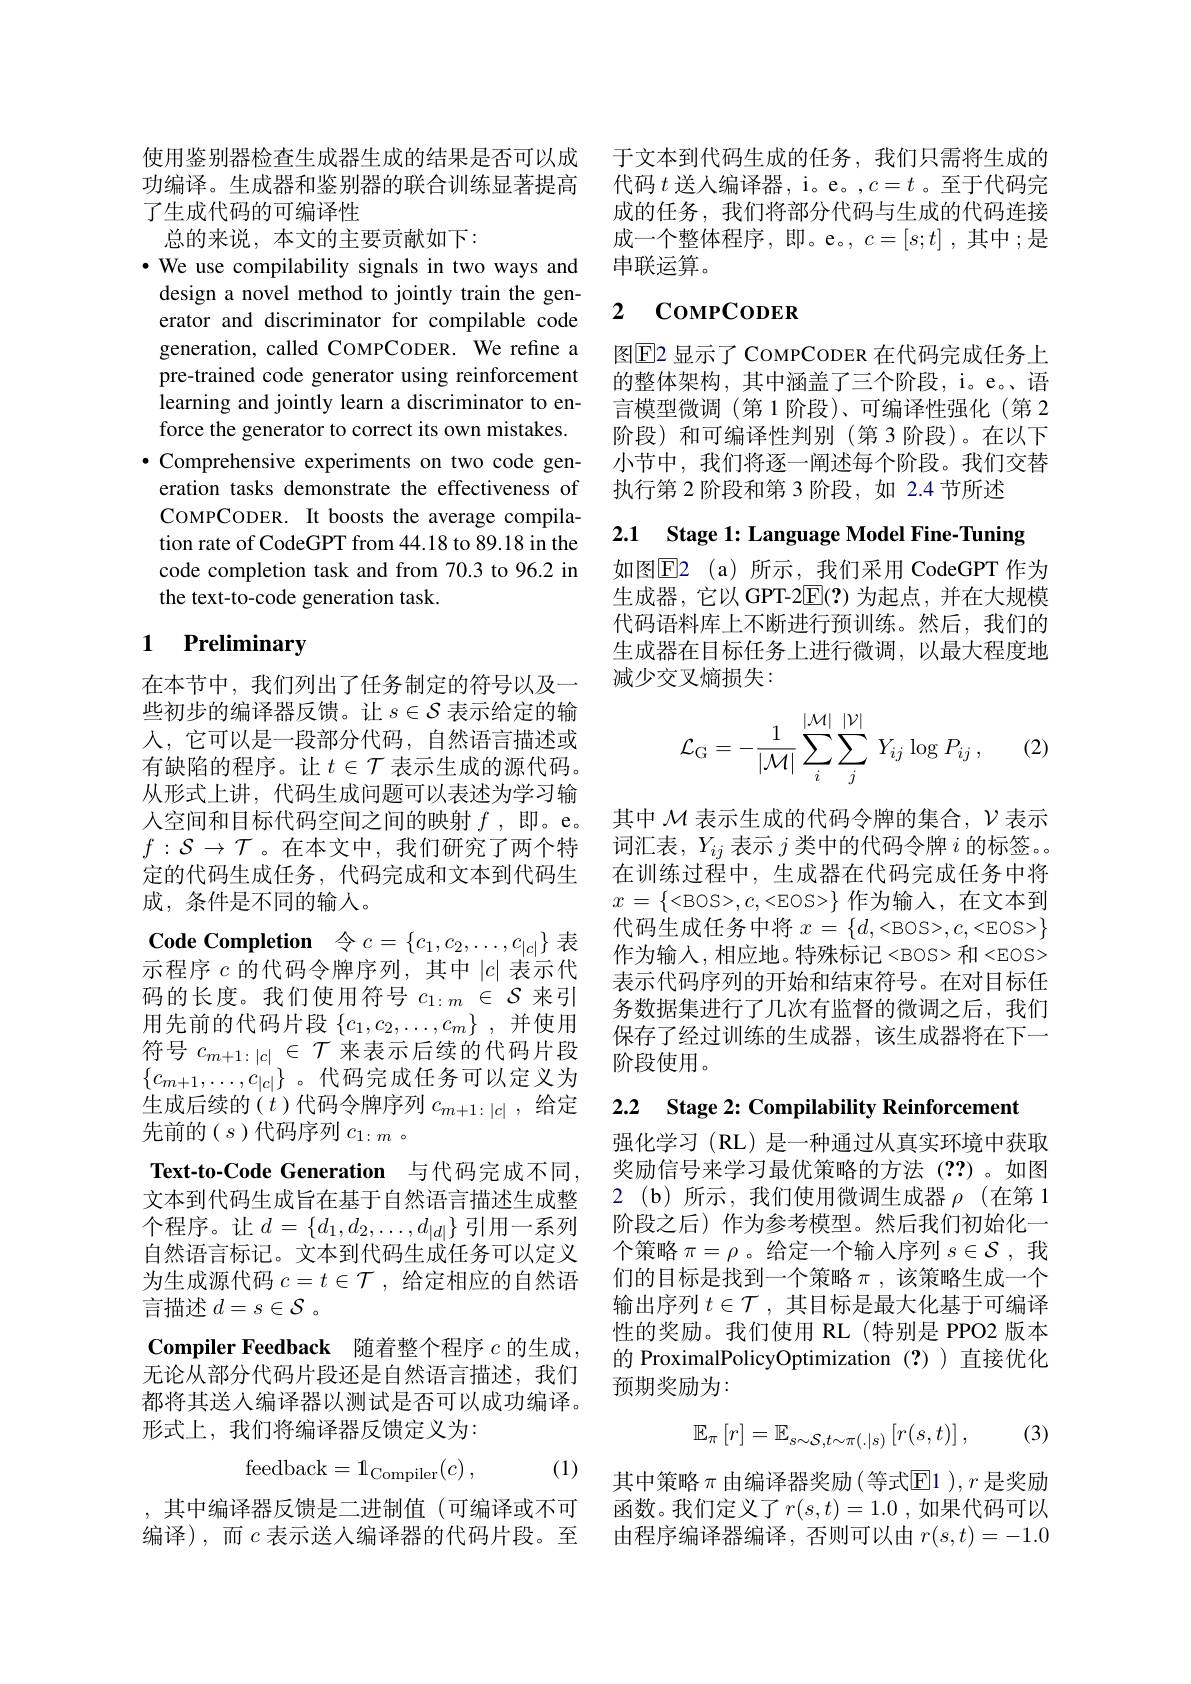
使用鉴别器检查生成器生成的结果是否可以成 于文本到代码生成的任务，我们只需将生成的
功编译。生成器和鉴别器的联合训练显著提高
了生成代码的可编译性

总的来说，本文的主要贡献如下：
$\bullet$ We use compilability signals in two ways and design a novel method to jointly train the generator and discriminator for compilable code generation, called COMPCODER. We refine a pre-trained code generator using reinforcement learning and jointly learn a discriminator to enforce the generator to correct its own mistakes.
$\bullet$ Comprehensive experiments on two code gen-
eration tasks demonstrate the effectiveness of COMPCODER. It boosts the average compilation rate of CodeGPT from 44.18 to 89.18 in the code completion task and from 70.3 to 96.2 in the text-to-code generation task.

# 1 Preliminary

在本节中，我们列出了任务制定的符号以及一些初步的编译器反馈。让$s\in\mathcal{S}$表示给定的输人，它可以是一段部分代码，自然语言描述或有缺陷的程序。让$t\in\mathcal{T}$表示生成的源代码。从形式上讲，代码生成问题可以表述为学习输人空间和目标代码空间之间的映射$f$,即。e。$f:\mathcal{S}\to\mathcal{T}$。在本文中，我们研究了两个特定的代码生成任务，代码完成和文本到代码生成，条件是不同的输人。
Code Completion 令$c=\{c_1,c_2,\ldots,c_{|c|}\}$表示程序$c$的代码令牌序列，其中$|c|$表示代码的长度。我们使用符号$c_1:m\in\mathcal{S}$来引用先前的代码片段$\{c_1,c_2,\ldots,c_m\}$ ,并使用符号$c_{m+1:|c|}\in\mathcal{T}$来表示后续的代码片段$\{c_{m+1},\ldots,c_{|c|}\}$。代码完成任务可以定义为生成后续的$(t$ )代码令牌序列 $c_m+1:|c|$, 给定先前的( $s$)代码序列$c_1:m$ 。
Text-to-Code Generation 与代码完成不同， 文本到代码生成旨在基于自然语言描述生成整个程序。让$d=\{d_1,d_2,\ldots,d_{|d|}\}$引用一系列自然语言标记。文本到代码生成任务可以定义为生成源代码$c=t\in\mathcal{T}$,给定相应的自然语言描述$d=s\in\mathcal{S}$ 。
$\textbf{Compiler Feedback}$随着整个程序 $c$ 的生成， 无论从部分代码片段还是自然语言描述，我们都将其送入编译器以测试是否可以成功编译。形式上，我们将编译器反馈定义为：

(1)
$$\mathrm{feedback}=1_{\mathrm{Compiler}}(c)\:,$$
代码$t$送人编译器，i。e。,$c=t$ 。至于代码完成的任务，我们将部分代码与生成的代码连接成一个整体程序，即。e。$,c=[s;t]$,其中；是串联运算。

### 2 $\mathbf{Co}_{\mathrm{MPCODER}}$

图$\overline{\mathrm{E}}$2 显示了 CoMPCODER 在代码完成任务上的整体架构，其中涵盖了三个阶段，i。e。、语言模型微调 (第1阶段)、可编译性强化 (第 2阶段)和可编译性判别(第3阶段)。在以下小节中，我们将逐一阐述每个阶段。我们交替执行第 2 阶段和第 3 阶段，如 2.4 节所述

2.1 Stage 1: Language Model Fine-Tuning

如图$\overline{\mathrm{E}}$2(a)所示，我们采用 CodeGPT 作为生成器，它以 GPT-2$\overline{\mathrm{E}}(?)$为起点，并在大规模代码语料库上不断进行预训练。然后，我们的生成器在目标任务上进行微调，以最大程度地减少交叉熵损失：
$$\mathcal{L}_{\mathrm{G}}=-\frac{1}{|\mathcal{M}|}\sum_{i}^{|\mathcal{M}|}\sum_{j}^{|\mathcal{V}|}\:Y_{ij}\:\log P_{ij}\:,$$
(2)

其中$\mathcal{M}$表示生成的代码令牌的集合，$\mathcal{V}$表示词汇表，$Y_ij$表示$j$类中的代码令牌$i$的标签。。在训练过程中，生成器在代码完成任务中将$x=\left\{<\mathrm{BOS>,c,<EOS>}\right\}$作为输入，在文本到代码生成任务中将$x=\{d,<$BOS>$,c,<$EOS>$\}$ 作为输入，相应地。特殊标记<BOS>和<EOS> 表示代码序列的开始和结束符号。在对目标任务数据集进行了几次有监督的微调之后，我们保存了经过训练的生成器，该生成器将在下一阶段使用。

2.2 Stage 2: Compilability Reinforcement

强化学习(RL)是一种通过从真实环境中获取奖励信号来学习最优策略的方法(??)。如图2(b)所示，我们使用微调生成器$\rho$(在第1阶段之后) 作为参考模型。然后我们初始化一个策略$\pi=\rho$。给定一个输入序列 $s\in\mathcal{S}$, 我们的目标是找到一个策略$\pi$,该策略生成一个输出序列$t\in\mathcal{T}$ ,其目标是最大化基于可编译性的奖励。我们使用 RL(特别是 PPO2 版本的 ProximalPolicyOptimization (?) 直接优化预期奖励为：

(3)
$$\mathbb{E}_{\pi}\left[r\right]=\mathbb{E}_{s\sim\mathcal{S},t\sim\pi(.|s)}\left[r(s,t)\right],$$
其中策略$\pi$ 由编译器奖励(等式$\mathbb{E}$1 ),$r$ 是奖励
,其中编译器反馈是二进制值 (可编译或不可 函数。我们定义了$r(s,t)=1.0$ ,如果代码可以编译),而$c$ 表示送人编译器的代码片段。至 由程序编译器编译，否则可以由 $r(s,t)=-1.0$